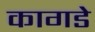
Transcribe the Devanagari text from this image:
कागडे